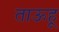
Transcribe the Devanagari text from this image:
ताऊहू